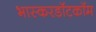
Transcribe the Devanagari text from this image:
भास्करडॉटकॉम